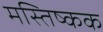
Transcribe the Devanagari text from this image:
मस्तिष्कक